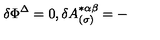
\delta \Phi ^ { \Delta } = 0 , \delta A _ { ( \sigma ) } ^ { * \alpha \beta } = -